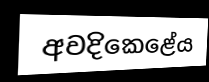
අවදිකෙළේය